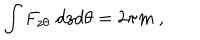
\int F _ { z \theta } \; d z d \theta = 2 \pi m \ ,